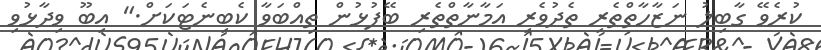
ކުރެވޭ ގާބިލު ނަޒާހާތްތެރި ތެދުވެރި އަމާނާތްތެރި ބޭފުޅުން ތިއްބަވާ ކެބިނެޓަކަށް." އިބޫ ވިދާޅުވި